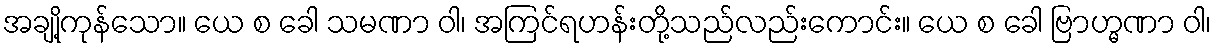
အချို့ကုန်သော။ ယေ စ ခေါ သမဏာ ဝါ၊ အကြင်ရဟန်းတို့သည်လည်းကောင်း။ ယေ စ ခေါ ဗြာဟ္မဏာ ဝါ၊